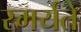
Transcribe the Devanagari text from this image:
स्मर्यते